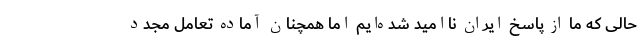
حالی که ما از پاسخ ایران ناامید شده‌ایم اما همچنان آماده تعامل مجدد